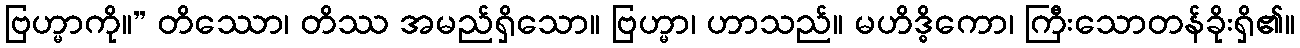
ဗြဟ္မာကို။” တိဿော၊ တိဿ အမည်ရှိသော။ ဗြဟ္မာ၊ ဟာသည်။ မဟိဒ္ဓိကော၊ ကြီးသောတန်ခိုးရှိ၏။